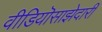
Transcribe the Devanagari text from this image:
वीडियॊसाझेदारी